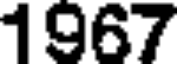
1967